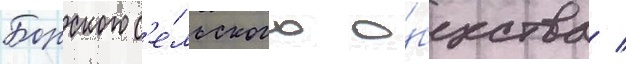
Борского с'е́льского о́бщества /